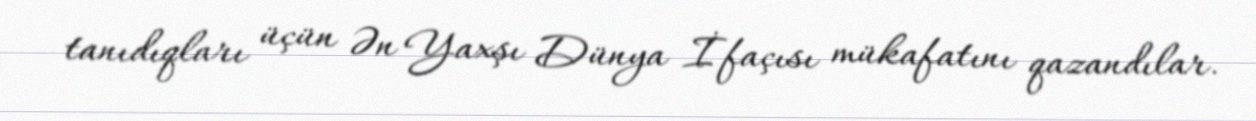
tanıdıqları üçün Ən Yaxşı Dünya İfaçısı mükafatını qazandılar.